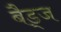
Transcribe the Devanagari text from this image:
बैड्ज